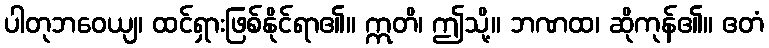
ပါတုဘဝေယျ၊ ထင်ရှားဖြစ်နိုင်ရာ၏။ ဣတိ၊ ဤသို့။ ဘဏထ၊ ဆိုကုန်၏။ ဧတံ